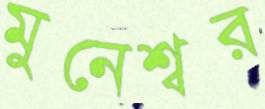
মুনেশ্বর